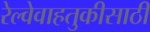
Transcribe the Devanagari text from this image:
रेल्वेवाहतुकीसाठी